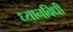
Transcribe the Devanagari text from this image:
ध्यानविधी